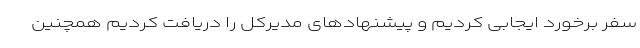
سفر برخورد ایجابی کردیم و پیشنهادهای مدیرکل را دریافت کردیم همچنین